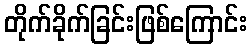
တိုက်ခိုက်ခြင်းဖြစ်ကြောင်း